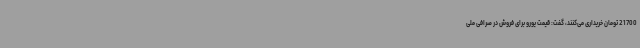
21700 تومان خریداری می‌کنند، گفت: قیمت یورو برای فروش در صرافی‌ ملی